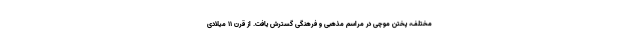
مختلف، پختن موچی در مراسم مذهبی و فرهنگی گسترش یافت. از قرن ۱۱ میلادی